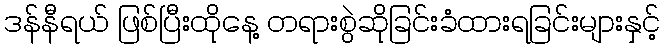
ဒန်နီရယ် ဖြစ်ပြီးထိုနေ့ တရားစွဲဆိုခြင်းခံထားရခြင်းများနှင့်